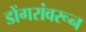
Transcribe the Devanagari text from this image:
डोंगरांवरून